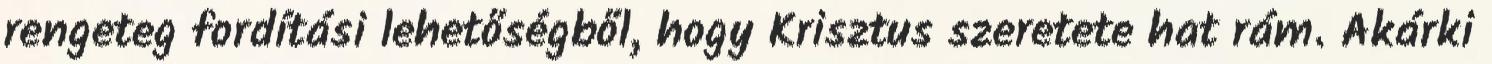
rengeteg fordítási lehetőségből, hogy Krisztus szeretete hat rám. Akárki